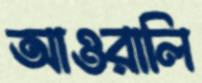
আওরালি